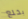
بخلع